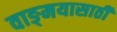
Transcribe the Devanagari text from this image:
वाङ्‌मयासाठी